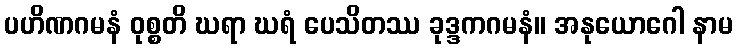
ပဟိဏဂမနံ ဝုစ္စတိ ဃရာ ဃရံ ပေသိတဿ ခုဒ္ဒကဂမနံ။ အနုယောဂေါ နာမ